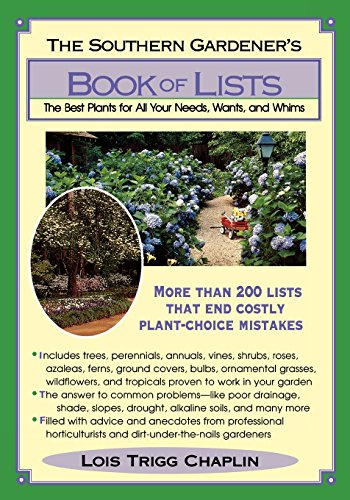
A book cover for The Southern Gardener's Book of Lists: The Best Plants for All Your Needs, Wants, and Whims; Lois Trigg Chaplin; Crafts, Hobbies & Home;